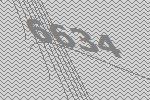
6634